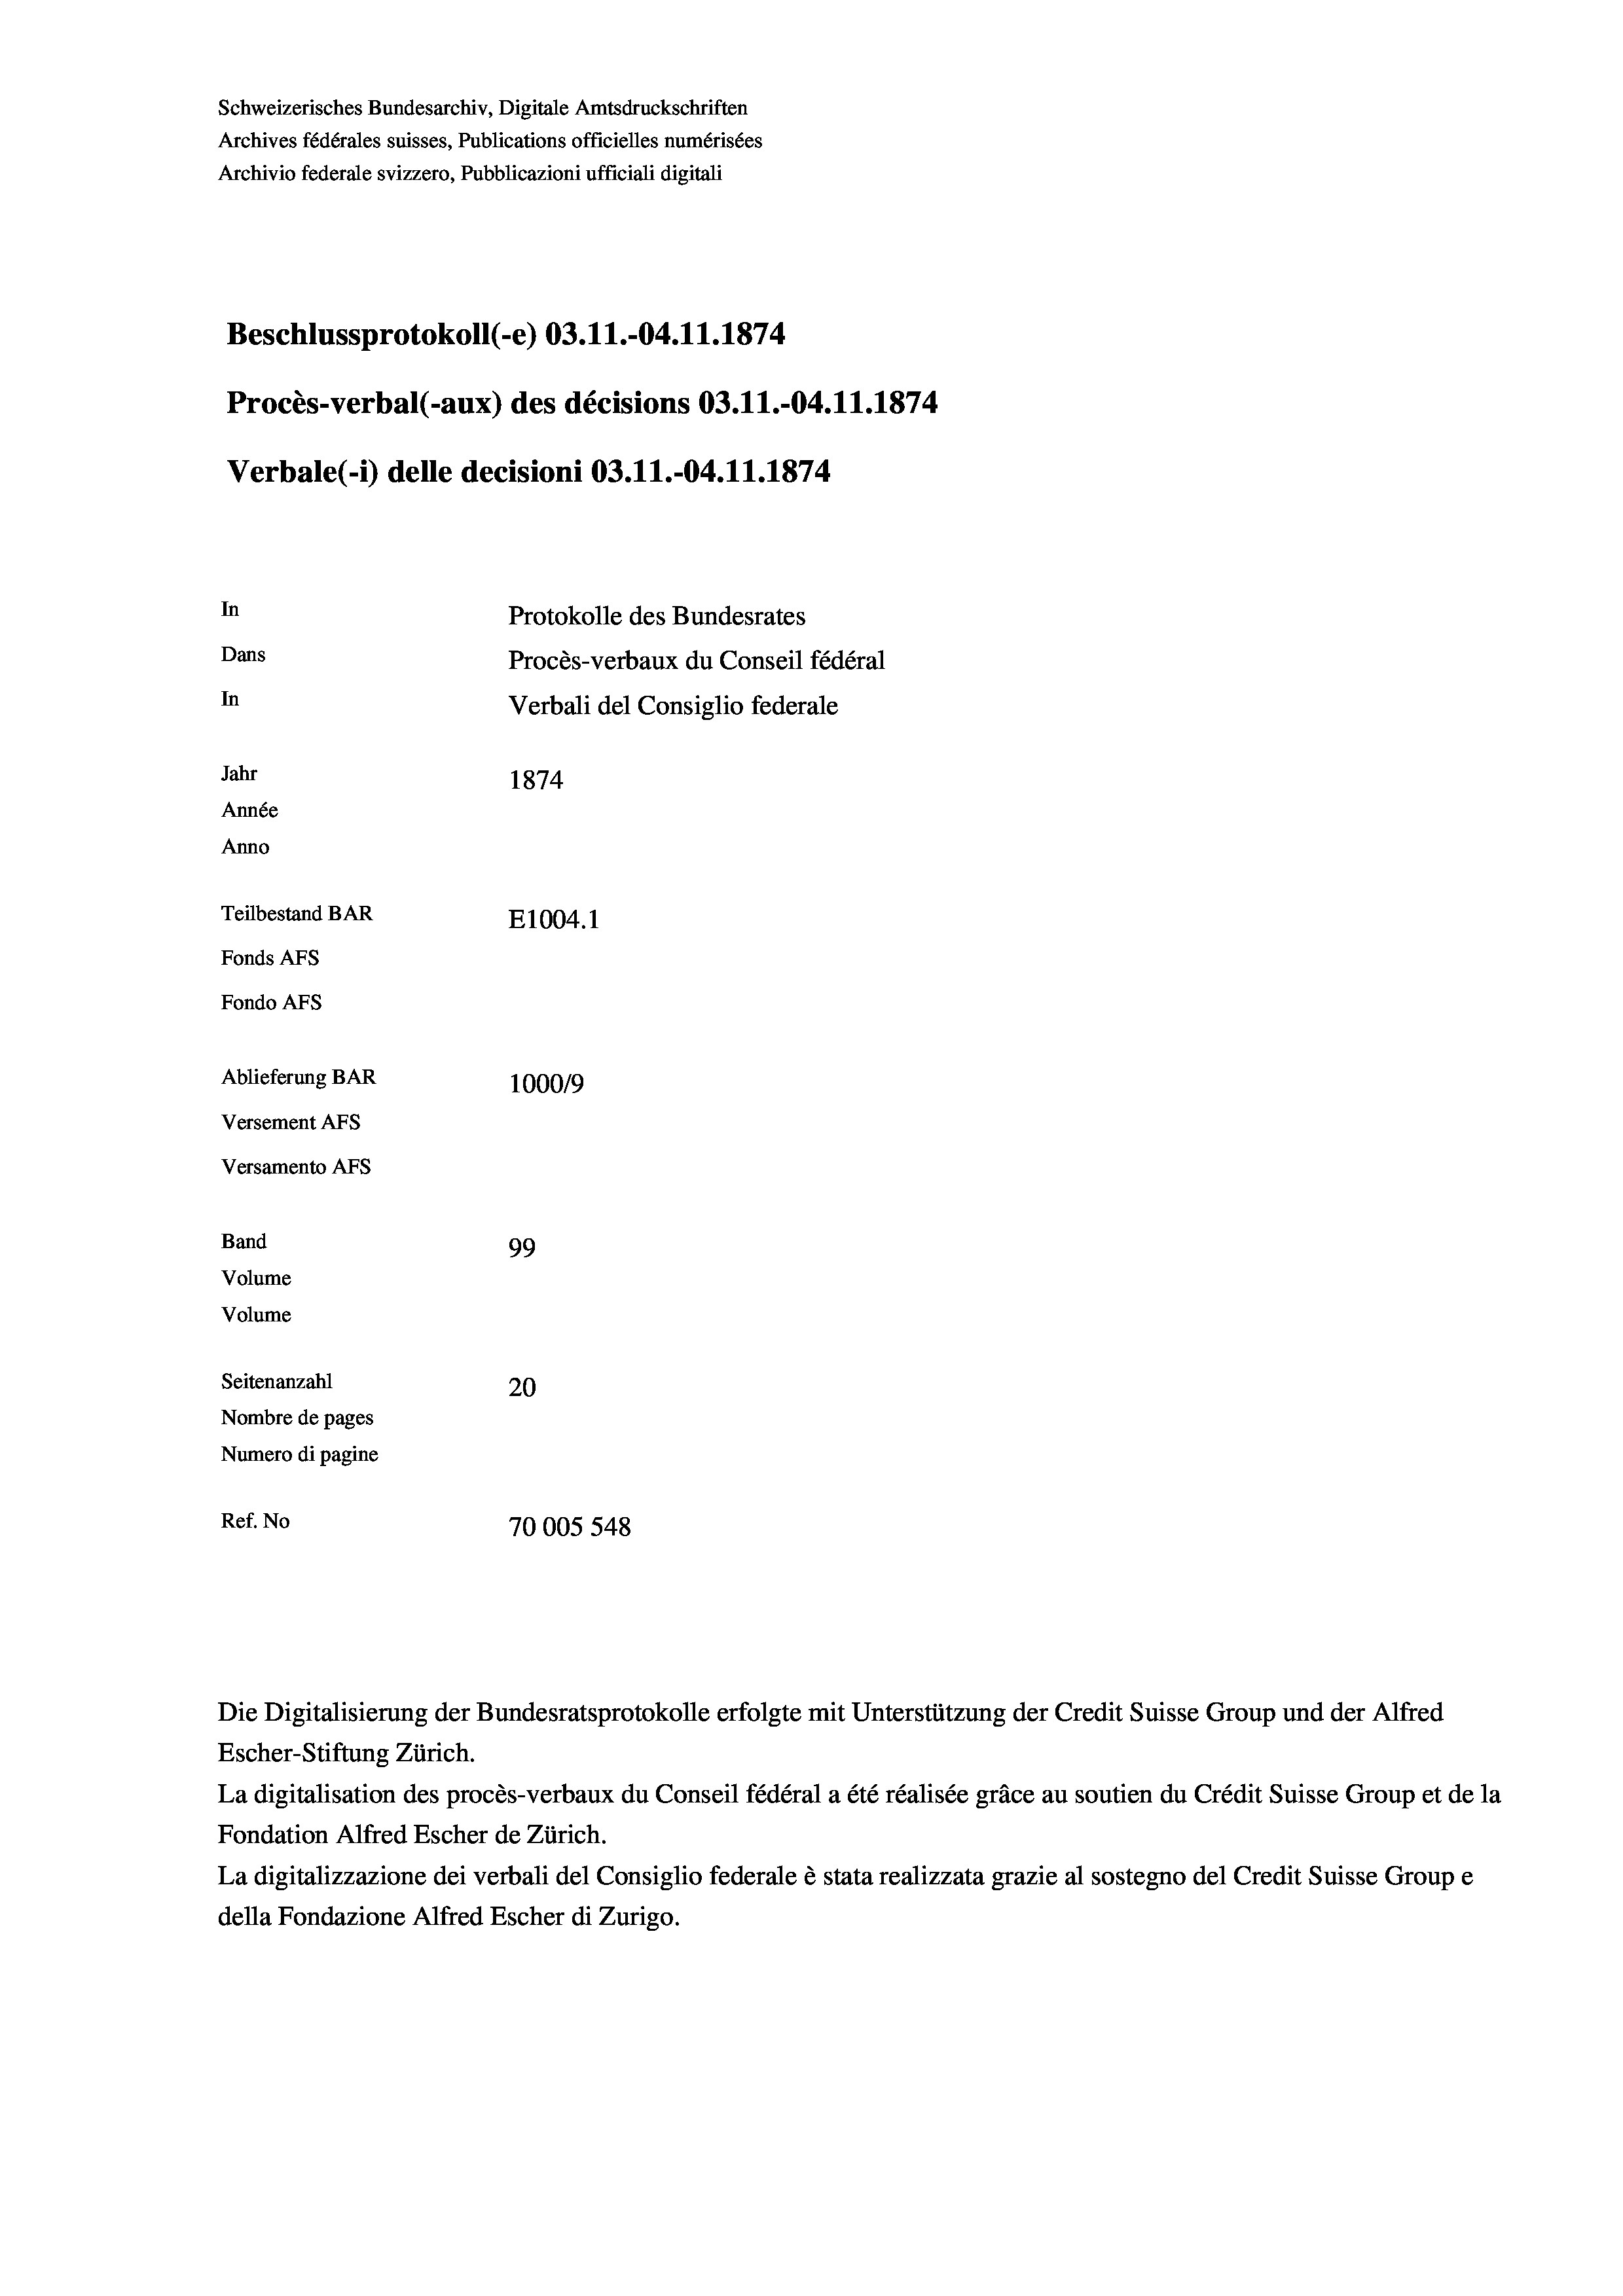
Schweizerisches Bundesarchiv, Digitale Amtsdruckschriften
Archives fédérales suisses, Publications officielles numérisées
Archivio federale svizzero, Pubblicazioni ufficiali digitali
Beschlussprotokoll (-e) 03.11.-04.11.1874
Procès-verbal (-aux) des décisions 03.11.-04.11.1874
Verbale(-*) delle decisioni 03.11.-04.11.1874
In
Protokolle des Bundesrates
Dans
Procès-verbaux du Conseil fédéral
In
Verbali del Consiglio federale
Jahr
1874
Année
Anno
Teilbestand BAR
E1004. 1
Fonds AFs
Fondo AFS
Ablieferung BAR
100019
Versement AFs
Versamento Afs
Band
99
Volume
Volume
Seitenanzahl
20
Nombre de pages
Numero di pagine
Ref. No
70005548

Die Digitalisierung der Bundesratsprotokolle erfolgte mit Unterstützung der Credit Suisse Group und der Alfred

Escher-Stiftung Zürich.
La digitalisation des procès-verbaux du Conseil fédéral a été réalisée gräce au soutien du Crédit Suisse Group et de la
Fondation Alfred Escher de Zürich.
La digitalizzazione dei verbali del Consiglio federale è stata realizzata grazie al sostegno del Credit Suisse Groupe
della Fondazione Alfred Escher di Zurigo.